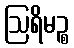
ဩရိမဉ္စ